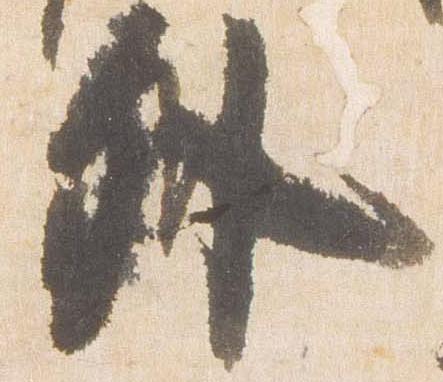
外